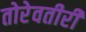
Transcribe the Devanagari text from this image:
तोरेवतीरीं